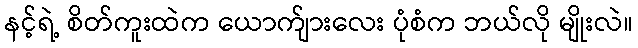
နင့်ရဲ့ စိတ်ကူးထဲက ယောက်ျားလေး ပုံစံက ဘယ်လို မျိုးလဲ။